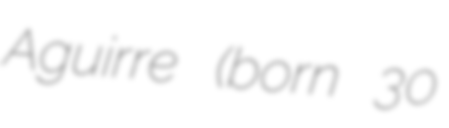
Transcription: Aguirre (born 30